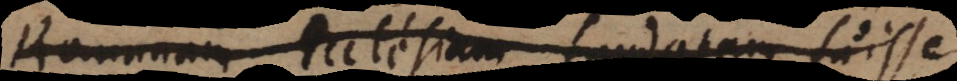
Romanam Ecclesiam fundatam fuisse